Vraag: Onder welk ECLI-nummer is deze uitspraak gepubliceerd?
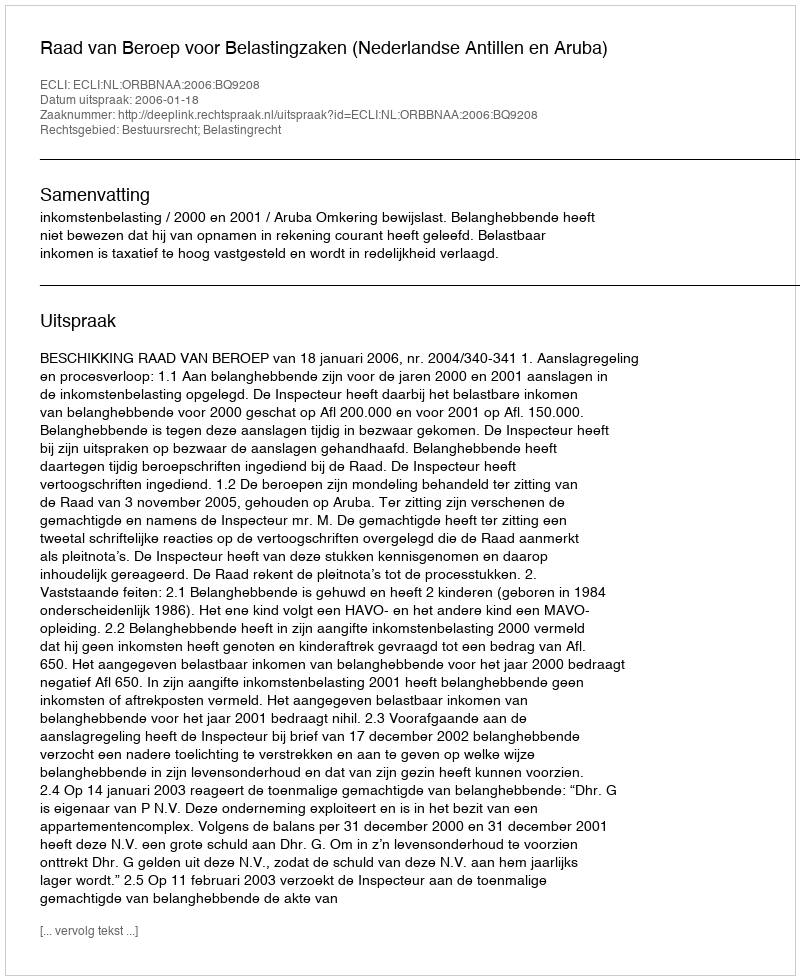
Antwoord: ECLI:NL:ORBBNAA:2006:BQ9208